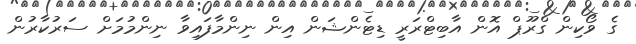
ގެ ވޯކިން ގްރޫޕް އޮން އާބިޓްރަރީ ޑިޓެންޝަން އިން ނިންމާފައިވާ ނިންމުމަށް ސަރުކާރުން